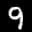
Label: 9